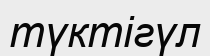
түктігүл